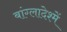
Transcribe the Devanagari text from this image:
बांग्लादेश्में